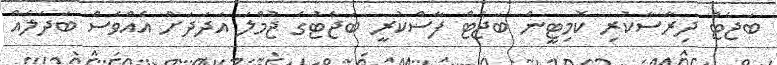
ބަޖެޓް ދިރާސާކުރި ކޮމިޓީން ބަޖެޓް ފާސްކުރީ ބަޖެޓުގެ ޖުމްލަ އަދަދަށް އެއްވެސް ބަދަލެއް